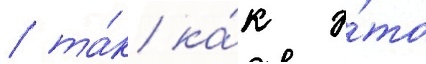
/ та́к ка́к э́то